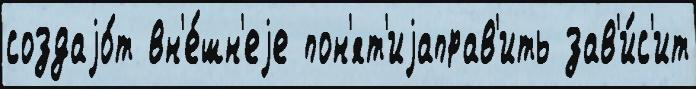
создаjо́т вн'е́шн'еjе пон'ят'иjаправ'ить зав'и́с'ит